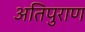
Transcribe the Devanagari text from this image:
अतिपुराण